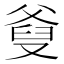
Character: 𤕗